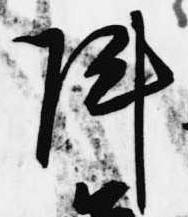
陣